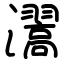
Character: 瀥